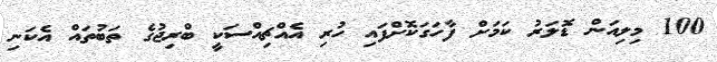
100 މިލިއަން ޑޮލަރު ކަމަށް ފާހަގަކޮށްފައި ހުރި އެއްޗިއްސަކީ ބްރިޖުގެ ތަބުތައް އެކަނި